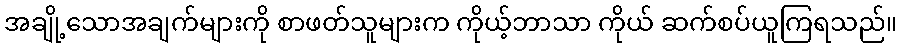
အချို့သောအချက်များကို စာဖတ်သူများက ကိုယ့်ဘာသာ ကိုယ် ဆက်စပ်ယူကြရသည်။